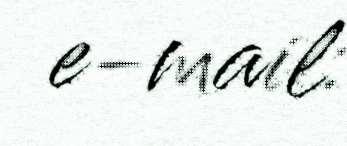
e-mail: